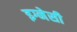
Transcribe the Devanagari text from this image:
इग्नेसी